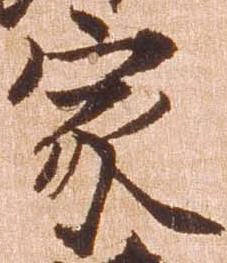
家